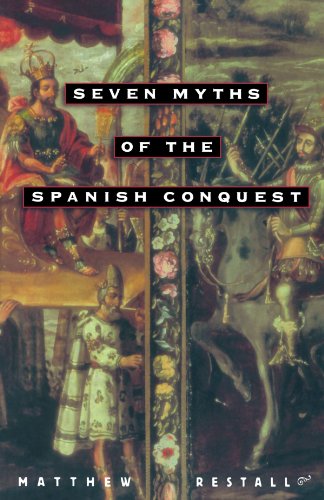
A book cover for Seven Myths of the Spanish Conquest; Matthew Restall; History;